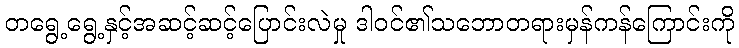
တရွေ့ရွေ့နှင့်အဆင့်ဆင့်ပြောင်းလဲမှု ဒါဝင်၏သဘောတရားမှန်ကန်ကြောင်းကို